Vaccine operations Central Provinces 1868-1885 - 1868-1885
Year: 1868
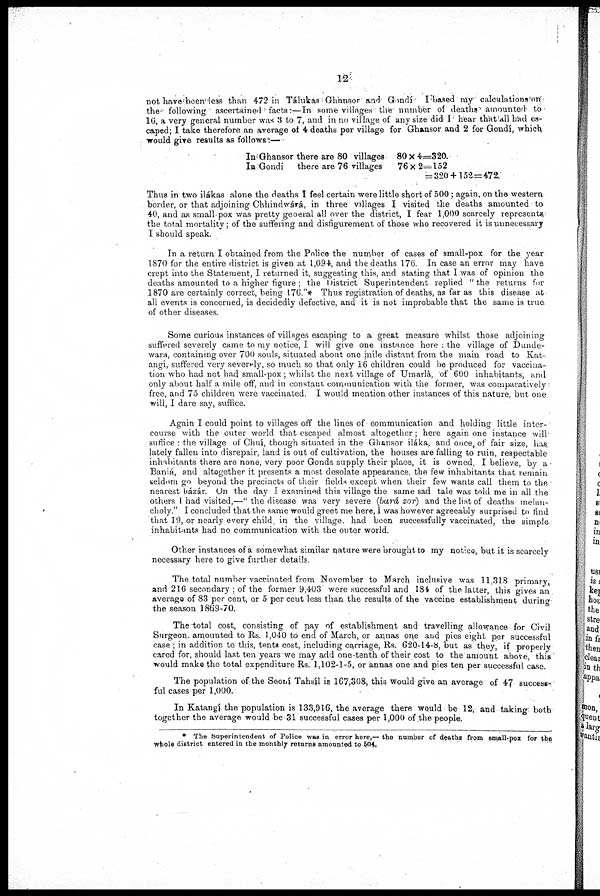
12
not have been less than 472 in Tálukas Ghansor and1 Gondí I based my calculations on
the following ascertained facts:—In some villages the number of deaths amounted to
16, a very general number was 3 to 7, and in no village of any size did I hear that all had es-
caped; I take therefore an average of 4 deaths per village for Ghansor and 2 for Gondí, which
would give results as follows:—
In Ghansor there are 80 villages 80 X 4=320
In Gondí
there are 76 villages
76 x 2=152
= 320 +152=472.
Thus in two ilákas alone the deaths I feel certain were little short of 500; again, on the western
border, or that adjoining Chhindwárá, in three villages I visited the deaths amounted to
40, and as small-pox was pretty general all over the district, I fear 1,000 scarcely represents
the total mortality; of the suffering and disfigurement of those who recovered it is unnecessary
I should speak.
In a return I obiained from the Police the number of cases of small-pox for the year
1870 for the entire district is given at 1,094, and the deaths 176. In case an error may have
crept into the Statement, I returned it, suggesting this, and stating that I was of opinion the
deaths amounted to a higher figure; the District Superintendent replied "the returns for
1870 are certainly correct, being 176 ."* Thus registration of deaths, as far as this disease at
all events is concerned, is decidedly defective, and it is not improbable that the same is true
of other diseases.
Some curious instances of villages escaping to a great measure whilst those adjoining
suffered severely came to my notice, I will give one instance here : the village of Dunde-
wara, containing over 700 souls, situated about one inile distant from the main road to Kat-
angi, suffered very severely, so much so that only 16 children could be produced for vaccina-
tion who had not had small-pox; whilst the next village of Umarlà, of 600 inhabitants, and
only about half a mile off, and in constant communication with the former, was comparatively
free, and 75 children were vaccinated. I would mention other instances of this nature, but one
will, I dare say, suffice.
Again I could point to villages off the lines of communication and holding little inter-
course with the outer world that escaped almost altogether; here again one instance will
suffice the village of Chuí, though situated in the Ghansor iláka, and once of fair size, has.
lately fallen into disrepair, land is out of cultivation, the houses are falling to ruin, respectable
inhabitants there are none, very poor Gonds supply their place, it is owned, I believe, by a
Baniá, and altogether it presents a most desolate appearance, the few inhabitants that remain
seldom go beyond the precincts of their fields except when their few wants call them to the
nearest bázár. On the day I examined this village the same sad tale was told me in all the
others I had visited,—" the disease was very severe (bará zor) and the list of deaths melan-
choly." I concluded that the same would greet me here, I was however agreeably surprised to find
that 19, or nearly every child. in the village. had been successfully vaccinated, the simple
inhabitants had no communication with the outer world.
Other instances of a somewhat similar nature were brought to my notice, but it is scarcely
necessary here to give further details.
The total number vaccinated from November to March inclusive was 11,318 primary,
and 216 secondary ; of the former 9,403 were successful and 184 of the latter, this gives an
average of 83 per cent, or 5 per cent less than the results of the vaccine establishment during
the season 1869-70.
The total cost, consisting of pay of establishment and travelling allowance for Civil
Surgeon amounted to Rs. 1,040 to end of March, or annas one and pies eight per successful
case ; in addition to this, tents cost, including carriage, Rs. 620-14-8, but as they, if properly
cared for, should last ten years we may add one-tenth of their cost to the amount above, this
would make the total expenditure Rs. 1,102-1-5, or annas one and pies ten per successful case.
The population of the Seoní Tahsíl is 167,308, this Would give an average of 47 success-
ful cases per 1,000.
In Katangí the population is 133,916, the average there would be 12, and taking both
together the average would be 31 successful cases per 1,000 of the people.
The Superintendent of Police was in error here,— the number of deaths from small-pox for the
whole district entered in the monthly returns amounted to 504.